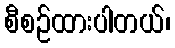
စီစဉ်ထားပါတယ်၊